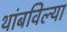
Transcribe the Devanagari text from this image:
थांबविल्या